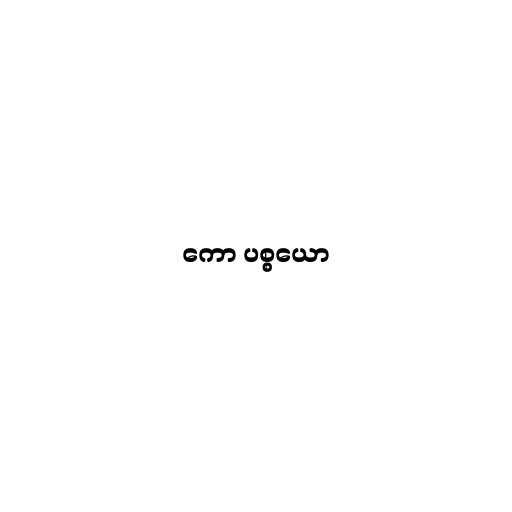
ကော ပစ္စယော